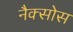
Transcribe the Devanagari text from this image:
नैक्सोस